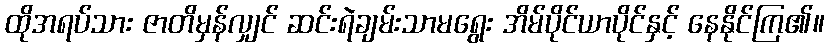
ထိုအရပ်သား ဇာတိမှန်လျှင် ဆင်းရဲချမ်းသာမရွေး အိမ်ပိုင်ယာပိုင်နှင့် နေနိုင်ကြ၏။